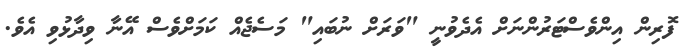
ފޮރިން އިންވެސްޓަރުންނަށް އެދެވުނީ "ވަރަށް ނުބައި" މަސެޖެއް ކަމަށްވެސް އޭނާ ވިދާޅުވި އެވެ.